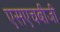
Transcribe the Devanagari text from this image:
एसएचबीजी